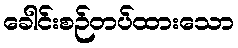
ခေါင်းစဉ်တပ်ထားသော